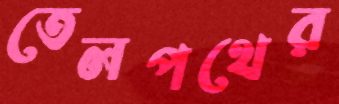
তেলপথের